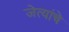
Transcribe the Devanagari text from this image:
जेत्यांचे